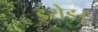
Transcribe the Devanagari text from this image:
इरोड।